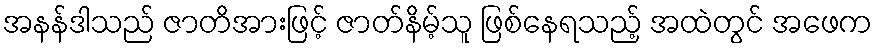
အနန်ဒါသည် ဇာတိအားဖြင့် ဇာတ်နိမ့်သူ ဖြစ်နေရသည့် အထဲတွင် အဖေက